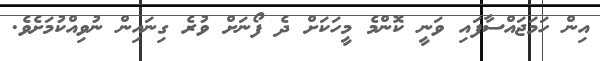
އިން ހަމަޖައްސާފައި ވަނީ ކޮންމެ މީހަކަށް ދެ ފޯނަށް ވުރެ ގިނައިން ނުވިއްކުމަށެވެ.